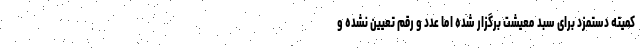
کمیته دستمزد برای سبد معیشت برگزار شده اما عدد و رقم تعیین نشده و